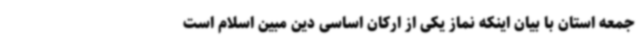
جمعه استان با بیان اینکه نماز یکی از ارکان اساسی دین مبین اسلام است